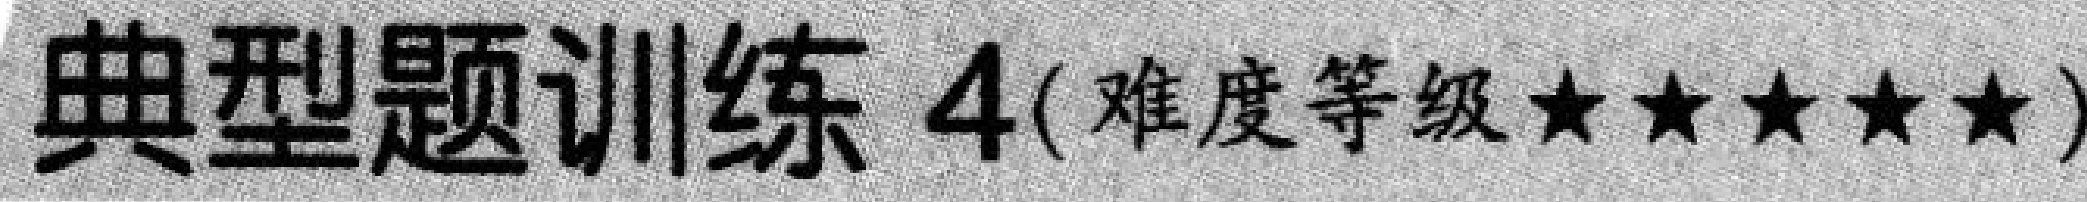
典型题训练 4(难度等级★★★★★)